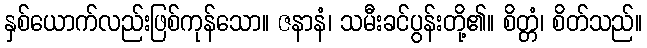
နှစ်ယောက်လည်းဖြစ်ကုန်သော။ ဇနာနံ၊ သမီးခင်ပွန်းတို့၏။ စိတ္တံ၊ စိတ်သည်။